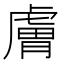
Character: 膚